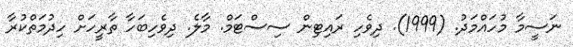
ނަސީމާ މުހައްމަދު. (1999). ދިވެހި ރައިޓިން ސިސްޓަމް. މާލެ. ދިވެހިބަހާ ތާރީހަށް ހިދުމަތްކުރާ